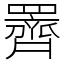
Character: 䍤